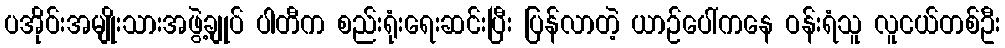
ပအိုဝ်းအမျိုးသားအဖွဲ့ချုပ် ပါတီက စည်းရုံးရေးဆင်းပြီး ပြန်လာတဲ့ ယာဉ်ပေါ်ကနေ ဝန်းရံသူ လူငယ်တစ်ဦး